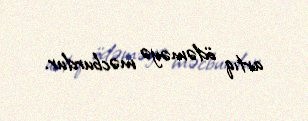
artıq ödəməyə məcburdur.